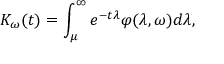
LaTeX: K _ { \omega } ( t ) = \int _ { \mu } ^ { \infty } e ^ { - t \lambda } \varphi ( \lambda , \omega ) d \lambda ,